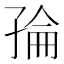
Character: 𭓌